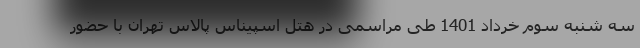
سه شنبه سوم خرداد 1401 طی مراسمی در هتل اسپیناس پالاس تهران با حضور